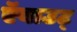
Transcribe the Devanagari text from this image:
ऍबाउट्